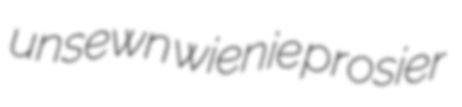
unsewn wienie prosier